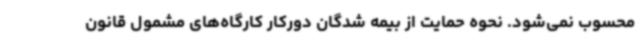
محسوب نمی‌شود. نحوه حمایت از بیمه شدگان دورکار کارگاه‌های مشمول قانون